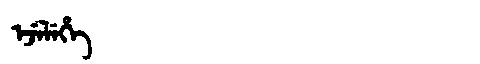
Manchu: ᡝᠵᡝᠯᡝᡥᡝ
Romanization: EJELEHE